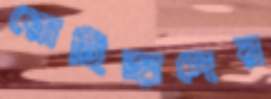
রোহিঙ্গাদের